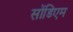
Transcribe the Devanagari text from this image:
सोंडिएम